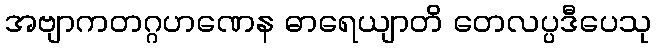
အဗျာကတဂ္ဂဟဏေန ဓာရေယျာတိ တေလပ္ပဒီပေသု